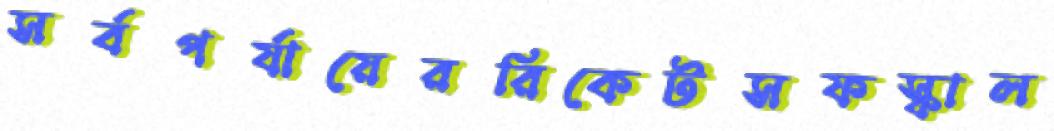
সর্বপর্যায়েররিকেটসফস্‌কাল